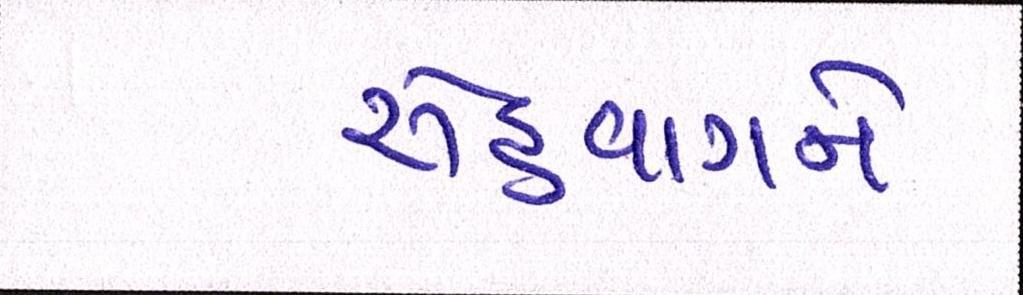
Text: સેહવાગને